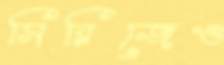
সিরিজেও